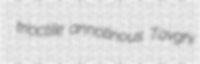
trioctile annotinous Tavghi